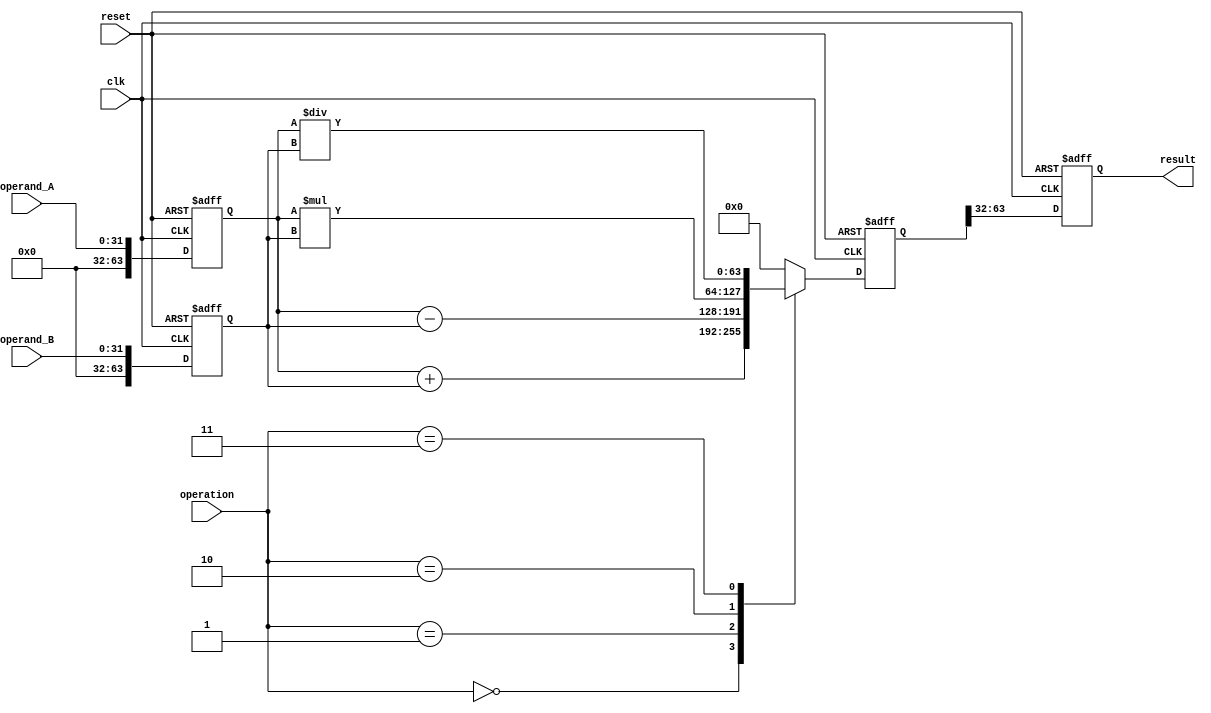
module arbitrary_precision_fp_unit (
    input wire clk,
    input wire reset,
    input wire [31:0] operand_A,
    input wire [31:0] operand_B,
    input wire [2:0] operation, // 0: add, 1: subtract, 2: multiply, 3: divide
    output reg [31:0] result
);

reg [63:0] extended_operand_A;
reg [63:0] extended_operand_B;
reg [63:0] extended_result;

always @ (posedge clk or posedge reset) begin
    if (reset) begin
        extended_operand_A <= 64'h0;
        extended_operand_B <= 64'h0;
        extended_result <= 64'h0;
        result <= 32'h0;
    end else begin
        extended_operand_A <= {32'h0, operand_A};
        extended_operand_B <= {32'h0, operand_B};
        
        case(operation)
            3'b000: // Addition
                extended_result <= extended_operand_A + extended_operand_B;
            3'b001: // Subtraction
                extended_result <= extended_operand_A - extended_operand_B;
            3'b010: // Multiplication
                extended_result <= extended_operand_A * extended_operand_B;
            3'b011: // Division
                extended_result <= extended_operand_A / extended_operand_B;
            default:
                extended_result <= 64'h0;
        endcase
        
        result <= extended_result[63:32];
    end
end

endmodule